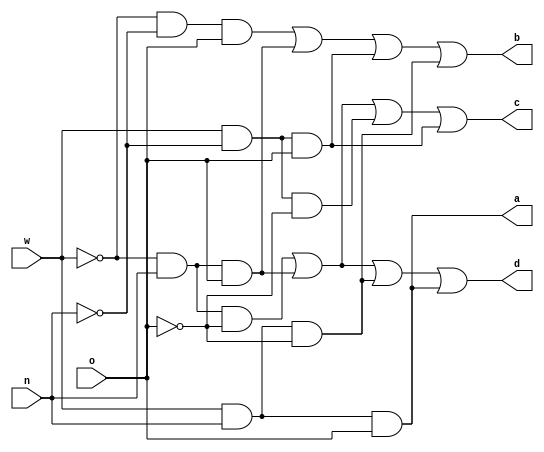
`timescale 1ns / 1ps
module voting_rule(w,n,o,a,b,c,d);

//variables
input w,n,o; // weights are 2, 3, and 4 respectively
output a,b,c,d;
	assign a = w&n&o;
	assign b = ~w&~n&o | ~w&n&o | w&~n&o | w&n&~o;
	assign c = ~w&n&~o | ~w&n&o | w&~n&~o | w&~n&o;
	assign d = ~w&n&~o | ~w&n&o | w&n&~o | w&n&o;
endmodule